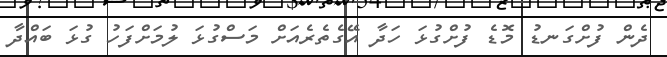
ދެން ފުށްގަނޑު މޮޑެ ފުށްގުޅަ ހަދާ އޭގެތެރެއަށް މަސްގުޅަ ލުމަށްފަހު ގުޅަ ބައްދާ